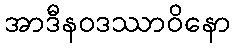
အာဒီနဝဒဿာဝိနော